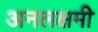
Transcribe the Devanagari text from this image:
अनलक्षमी